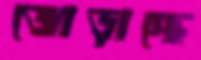
জোড়াচ্ছে